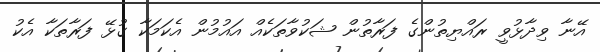
އޭނާ ވިދާޅުވީ ރައްޔިތުންގެ ފަރާތުން ޝަކުވާތަކެއް އައުމުން އެކަމަކާ ގުޅޭ ފަރާތަކާ އެކު